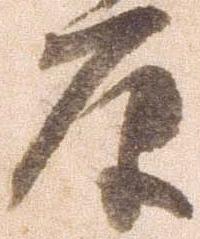
原